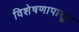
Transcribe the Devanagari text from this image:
विशेषणापासून